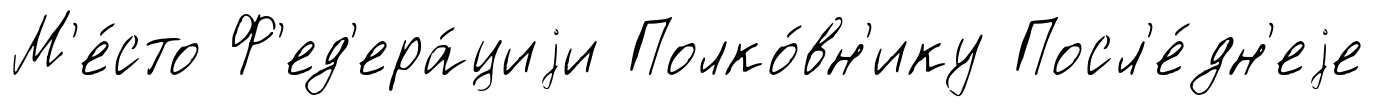
М'е́сто Ф'ед'ера́циjи Полко́вн'ику Посл'е́дн'еjе